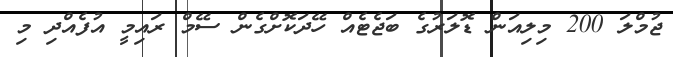
ޖުމްލަ 200 މިލިއަން ޑޮލަރުގެ ބަޖެޓެއް ހޭދަކޮށްގެން ސޭމް ރައިމީ އުފެއްދި މި